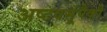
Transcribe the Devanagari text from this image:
अष्टवसूंपैकी